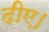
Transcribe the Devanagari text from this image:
दीए।